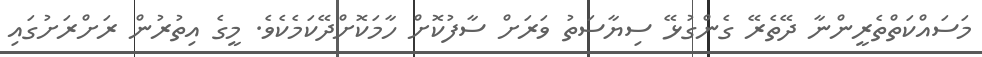
މަސައްކަތްތެރީންނާ ދޭތެރޭ ގެންގުޅޭ ސިޔާސަތު ވަރަށް ސާފުކޮށް ހާމަކޮށްދޭކަމެކެވެ. މީގެ އިތުރުން ރަށްރަށުގައި